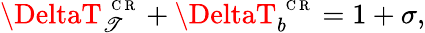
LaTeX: \DeltaT_{\mathscr{T}}^{\mathrm{{~\scriptsize~C~R~}}}+\DeltaT_{b}^{\mathrm{{~\scriptsize~C~R~}}}=1+\sigma,